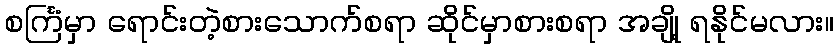
စင်္ကြံမှာ ရောင်းတဲ့စားသောက်စရာ ဆိုင်မှာစားစရာ အချို့ ရနိုင်မလား။